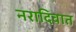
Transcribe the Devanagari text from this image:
नरादिवात